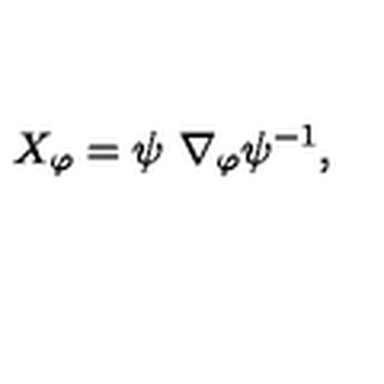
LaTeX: X _ { \varphi } = \psi \ \nabla _ { \varphi } \psi ^ { - 1 } ,